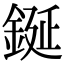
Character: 鋋